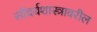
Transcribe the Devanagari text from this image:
सौंदर्यशास्त्रावरील